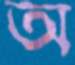
অ